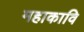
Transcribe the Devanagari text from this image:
महाकावि